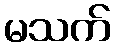
မသက်